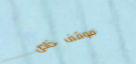
موقف خاص